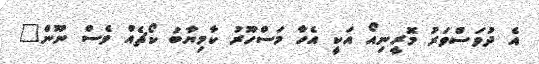
އެ ދުވަސްވަރު މޮރީނިއޯ އަކީ އެހާ މަސްހޫރު ކާމިޔާބު ކޯޗެއް ވެސް ނޫން"